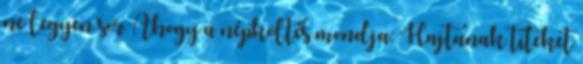
ne legyen sor Ahogy a népköltés mondja: Hajtanak titeket